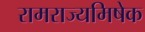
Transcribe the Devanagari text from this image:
रामराज्यमिषेक